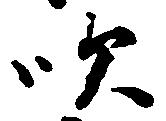
吹